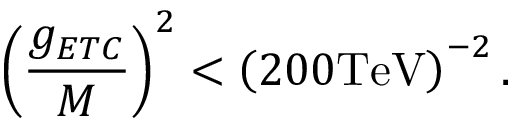
\left( { \frac { g _ { E T C } } { M } } \right) ^ { 2 } < \left( 2 0 0 \mathrm { T e V } \right) ^ { - 2 } .